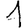
Digit: 1